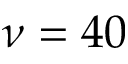
\nu = 4 0